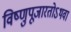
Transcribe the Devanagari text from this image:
विष्णुपूजारतोऽथवा